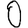
Digit: 0